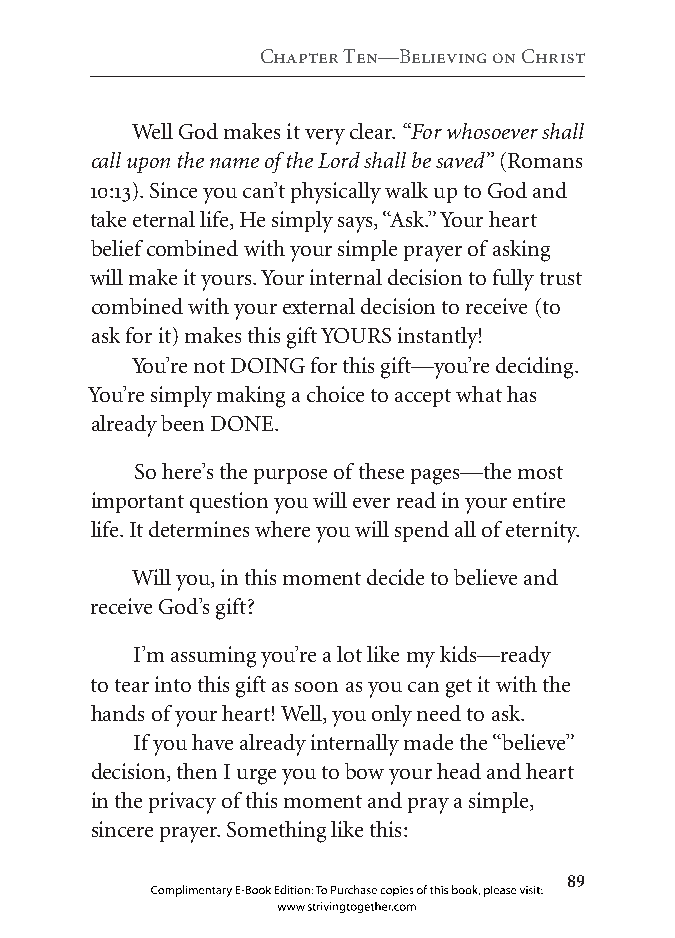
Chapter ten—Believing on Christ
 Well God makes it very clear. “For whosoever shall
 call upon the name of the Lord shall be saved” (Romans
 10:13). Since you can’t physically walk up to God and
 take eternal life, He simply says, “Ask.” Your heart
 belief combined with your simple prayer of asking
 will make it yours. Your internal decision to fully trust
 combined with your external decision to receive (to
 ask for it) makes this gift YOURS instantly!
 You’re not DOING for this gift—you’re deciding.
 You’re simply making a choice to accept what has
 already been DONE.
 So here’s the purpose of these pages—the most
 important question you will ever read in your entire
 life. It determines where you will spend all of eternity.
 Will you, in this moment decide to believe and
 receive God’s gift?
 I’m assuming you’re a lot like my kids—ready
 to tear into this gift as soon as you can get it with the
 hands of your heart! Well, you only need to ask.
 If you have already internally made the “believe”
 decision, then I urge you to bow your head and heart
 in the privacy of this moment and pray a simple,
 sincere prayer. Something like this:
 
 Complimentary E-Book Edition: To Purchase copies of this book, please visit:
 www.strivingtogether.com